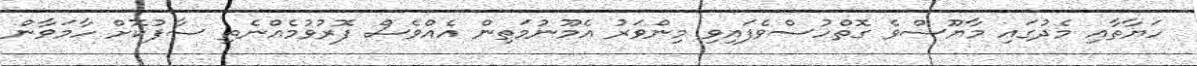
ހަޔާތާއި މެދުގައި މާޔޫސްވެ ގޮތްހުސްވެފައިވި މިންވަރު އެމޫނުމަތިން އެއްވެސް ފޮރުވުމެއްނެތި ސާފުކޮށް ހާމަވާން